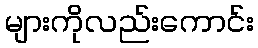
များကိုလည်းကောင်း